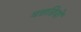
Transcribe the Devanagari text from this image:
बछडियों